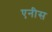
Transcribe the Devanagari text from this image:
एनीस